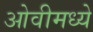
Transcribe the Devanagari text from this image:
ओवीमध्ये